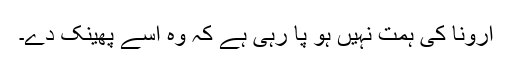
ارونا کی ہمت نہیں ہو پا رہی ہے کہ وہ اسے پھینک دے۔